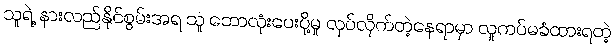
သူရဲ့ နားလည်နိုင်စွမ်းအရ သူ ဘောလုံးပေးပို့မှု လုပ်လိုက်တဲ့နေရာမှာ လူကပ်မခံထားရတဲ့